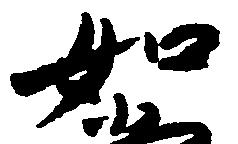
如